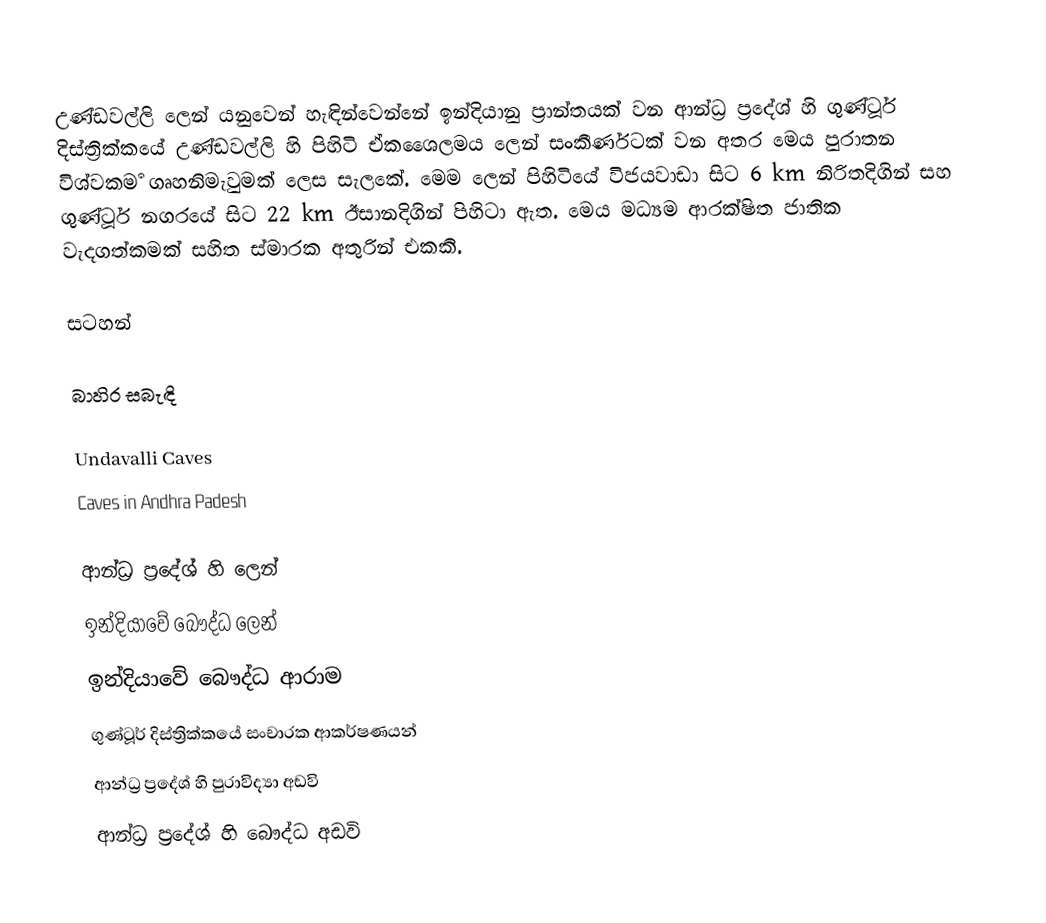
උණ්ඩවල්ලි ලෙන් යනුවෙන් හැඳින්වෙන්නේ  ඉන්දියානු ප්‍රාන්තයක් වන ආන්ධ්‍ර ප්‍රදේශ් හි ගුණ්ටූර් දිස්ත්‍රික්කයේ උණ්ඩවල්ලි හි පිහිටි ඒකශෛලමය ලෙන් සංකීර්ණටක් වන අතර මෙය පුරාතන විශ්වකර්‍ම ගෘහනිමැවුමක් ලෙස සැලකේ. මෙම ලෙන් පිහිටියේ විජයවාඩා සිට 6 km නිරිතදිගින් සහ ගුණ්ටූර් නගරයේ සිට 22 km ඊසානදිගින් පිහිටා ඇත. මෙය මධ්‍යම ආරක්ෂිත ජාතික වැදගත්කමක් සහිත ස්මාරක අතුරින් එකකි.

සටහන්

බාහිර සබැඳි

 Undavalli Caves
 Caves in Andhra Padesh

ආන්ධ්‍ර ප්‍රදේශ් හි ලෙන්
ඉන්දියාවේ බෞද්ධ ලෙන්
ඉන්දියාවේ බෞද්ධ ආරාම
ගුණ්ටූර් දිස්ත්‍රික්කයේ සංචාරක ආකර්ෂණයන්
ආන්ධ්‍ර ප්‍රදේශ් හි පුරාවිද්‍යා අඩවි
ආන්ධ්‍ර ප්‍රදේශ් හි බෞද්ධ අඩවි